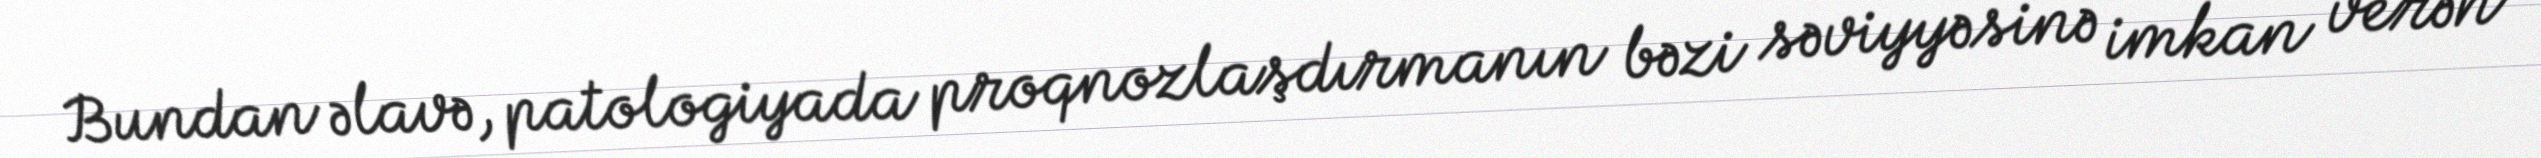
Bundan əlavə, patologiyada proqnozlaşdırmanın bəzi səviyyəsinə imkan verən